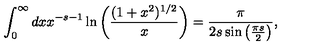
\int _ { 0 } ^ { \infty } d x x ^ { - s - 1 } \ln \left( \frac { ( 1 + x ^ { 2 } ) ^ { 1 / 2 } } { x } \right) = { \frac { \pi } { 2 s \sin \left( \frac { \pi s } { 2 } \right) } } ,